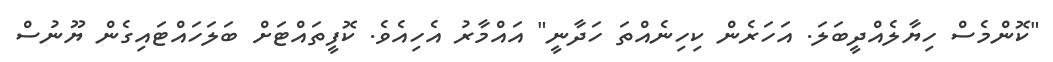
"ކޮންމެސް ހިޔާލެއްދީބަލަ. އަހަރެން ކިހިނެއްތަ ހަދާނީ" އައްމާރު އެހިއެވެ. ކޮފީތައްޓަށް ބަލަހައްޓައިގެން ޔޫނުސް